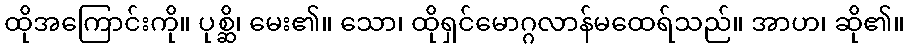
ထိုအကြောင်းကို။ ပုစ္ဆိ၊ မေး၏။ သော၊ ထိုရှင်မောဂ္ဂလာန်မထေရ်သည်။ အာဟ၊ ဆို၏။